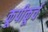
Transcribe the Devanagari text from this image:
कूपीकूर्च